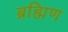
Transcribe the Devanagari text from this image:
ब्रह्मिण